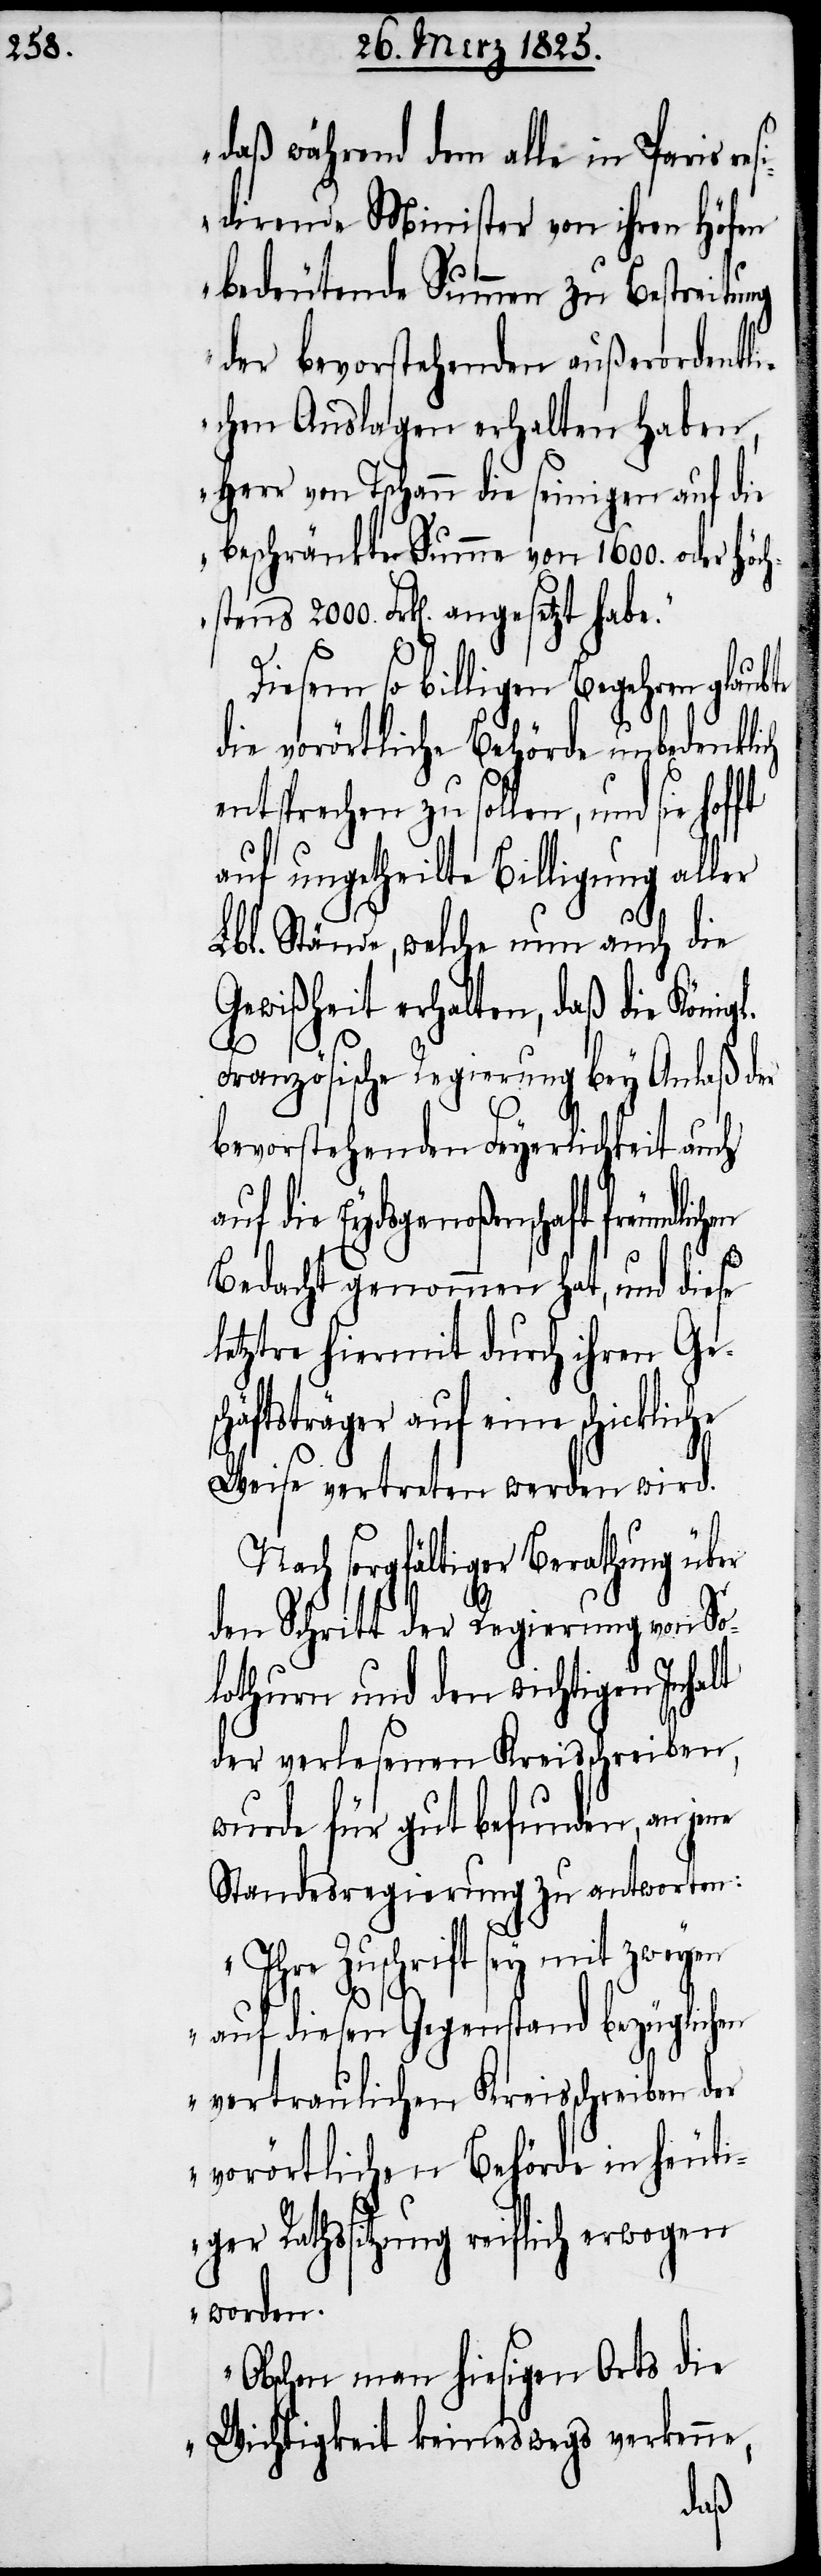
2000.

daß während dem alle in Paris res¬
idirende Minister von ihren Höfen
bedeutende Summen zu Bestreitung
der bevorstehenden außerordentli¬
chen Auslagen erhalten haben,
Herr von Tschann die seinigen auf die
beschränkte Summe von 1600. oder
so billigen Begehren
die vorörtliche Behörde unbedenklich
entsprechen zu sollen, und sie
auf ungetheilte Billigung aller
Lbl. Stände, welche nun auch die
Gewißheit erhalten, daß die König¬
Französische Regierung bey Anlaß der
bevorstehenden Feyerlichkeit auch
die Eydsgenoßenschaft freundl¬
Bedacht genommen hat, und diese
letztre hiermit durch ihren Gesc¬
häftsträger auf eine schick¬
Weise vertreten werden wird.
Nach sorgfältiger Berathung über
den Schritt der Regierung von So¬
lothurn und den wichtigen Inhalt
der verlesenen Kreisschreiben,
wurde für gut befunden, an jene
Standesregierung zu antworten:
„Ihre Zuschrift sey mit zweyen
auf diesen Gegenstand bezüglichen
vertraulichen Kreisschreiben der
vorörtlichen Behörde in heuti¬
ger Rathssitzung reiflich erwogen
worden.
Obschon man hiesigen Orts die
Wichtigkeit keineswegs verkenne,
liche